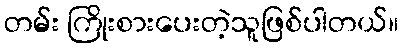
တမ်း ကြိုးစားပေးတဲ့သူဖြစ်ပါတယ်။